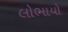
લોભાયો